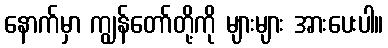
နောက်မှာ ကျွန်တော်တို့ကို များများ အားပေးပါ။